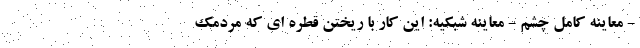
- معاینه کامل چشم - معاینه شبکیه: این کار با ریختن قطره ای که مردمک